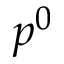
p ^ { 0 }